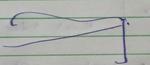
Signature authenticity: forged